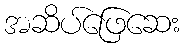
အဆိပ်ဖြေဆေး